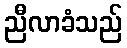
ညီလာခံသည်